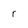
Character: r